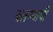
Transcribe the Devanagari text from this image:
चलण्याची